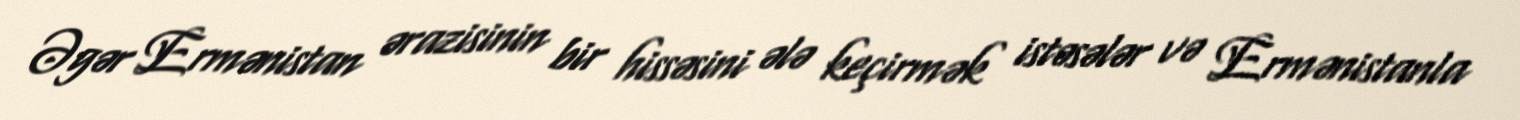
Əgər Ermənistan ərazisinin bir hissəsini ələ keçirmək istəsələr və Ermənistanla